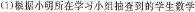
(1)根据小明所在学习小组抽查到的学生数学